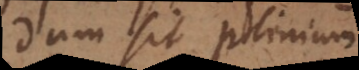
dum sit Plinium